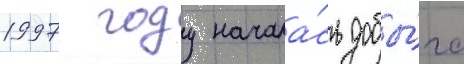
1997 году начала́сь добы́ча